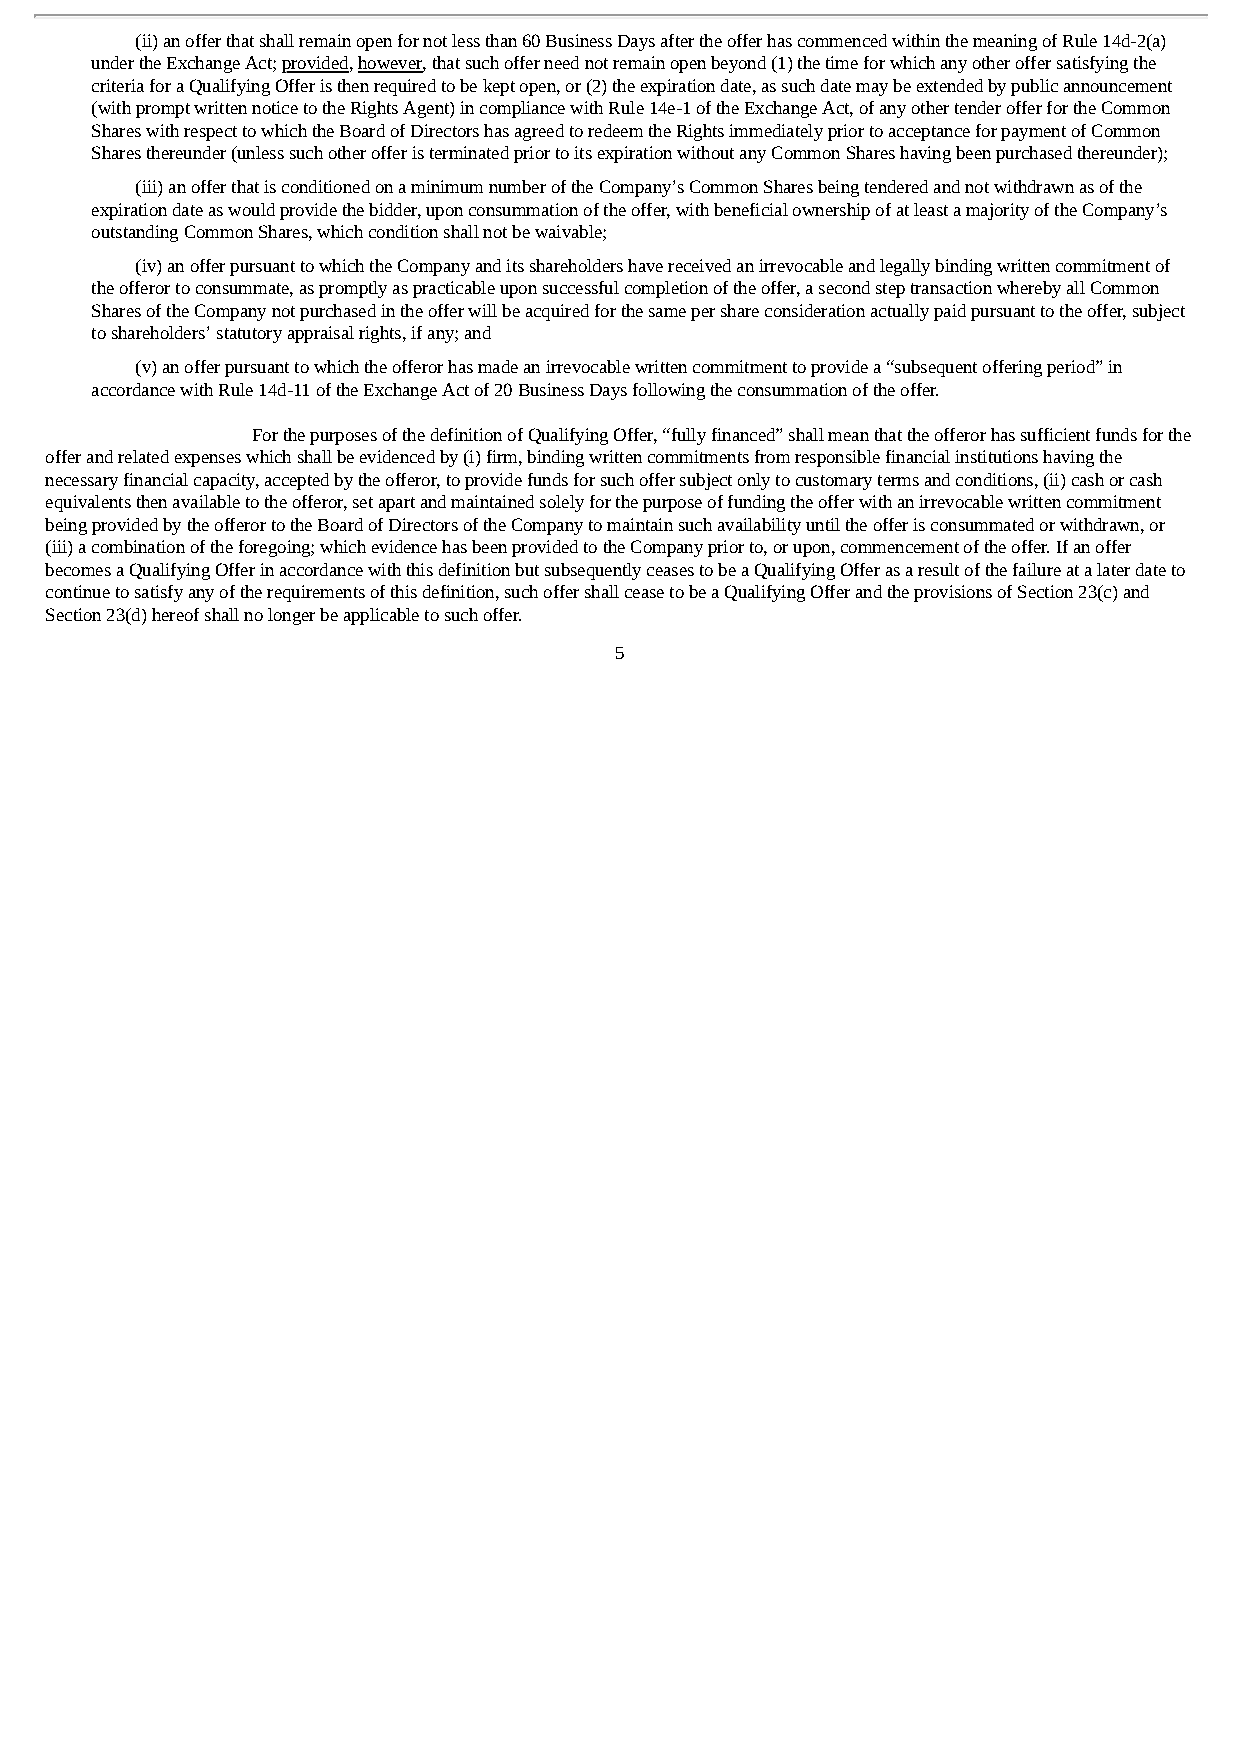
(ii) an offer that shall remain open for not less than 60 Business Days after the offer has commenced within the meaning of Rule 14d-2(a)
 under the Exchange Act; provided, however, that such offer need not remain open beyond (1) the time for which any other offer satisfying the
 criteria for a Qualifying Offer is then required to be kept open, or (2) the expiration date, as such date may be extended by public announcement
 (with prompt written notice to the Rights Agent) in compliance with Rule 14e-1 of the Exchange Act, of any other tender offer for the Common
 Shares with respect to which the Board of Directors has agreed to redeem the Rights immediately prior to acceptance for payment of Common
 Shares thereunder (unless such other offer is terminated prior to its expiration without any Common Shares having been purchased thereunder);
 (iii) an offer that is conditioned on a minimum number of the Company’s Common Shares being tendered and not withdrawn as of the
 expiration date as would provide the bidder, upon consummation of the offer, with beneficial ownership of at least a majority of the Company’s
 outstanding Common Shares, which condition shall not be waivable;
 (iv) an offer pursuant to which the Company and its shareholders have received an irrevocable and legally binding written commitment of
 the offeror to consummate, as promptly as practicable upon successful completion of the offer, a second step transaction whereby all Common
 Shares of the Company not purchased in the offer will be acquired for the same per share consideration actually paid pursuant to the offer, subject
 to shareholders’ statutory appraisal rights, if any; and
 (v) an offer pursuant to which the offeror has made an irrevocable written commitment to provide a “subsequent offering period” in
 accordance with Rule 14d-11 of the Exchange Act of 20 Business Days following the consummation of the offer.
 For the purposes of the definition of Qualifying Offer, “fully financed” shall mean that the offeror has sufficient funds for the
 offer and related expenses which shall be evidenced by (i) firm, binding written commitments from responsible financial institutions having the
 necessary financial capacity, accepted by the offeror, to provide funds for such offer subject only to customary terms and conditions, (ii) cash or cash
 equivalents then available to the offeror, set apart and maintained solely for the purpose of funding the offer with an irrevocable written commitment
 being provided by the offeror to the Board of Directors of the Company to maintain such availability until the offer is consummated or withdrawn, or
 (iii) a combination of the foregoing; which evidence has been provided to the Company prior to, or upon, commencement of the offer. If an offer
 becomes a Qualifying Offer in accordance with this definition but subsequently ceases to be a Qualifying Offer as a result of the failure at a later date to
 continue to satisfy any of the requirements of this definition, such offer shall cease to be a Qualifying Offer and the provisions of Section 23(c) and
 Section 23(d) hereof shall no longer be applicable to such offer.
 5